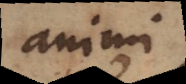
animi